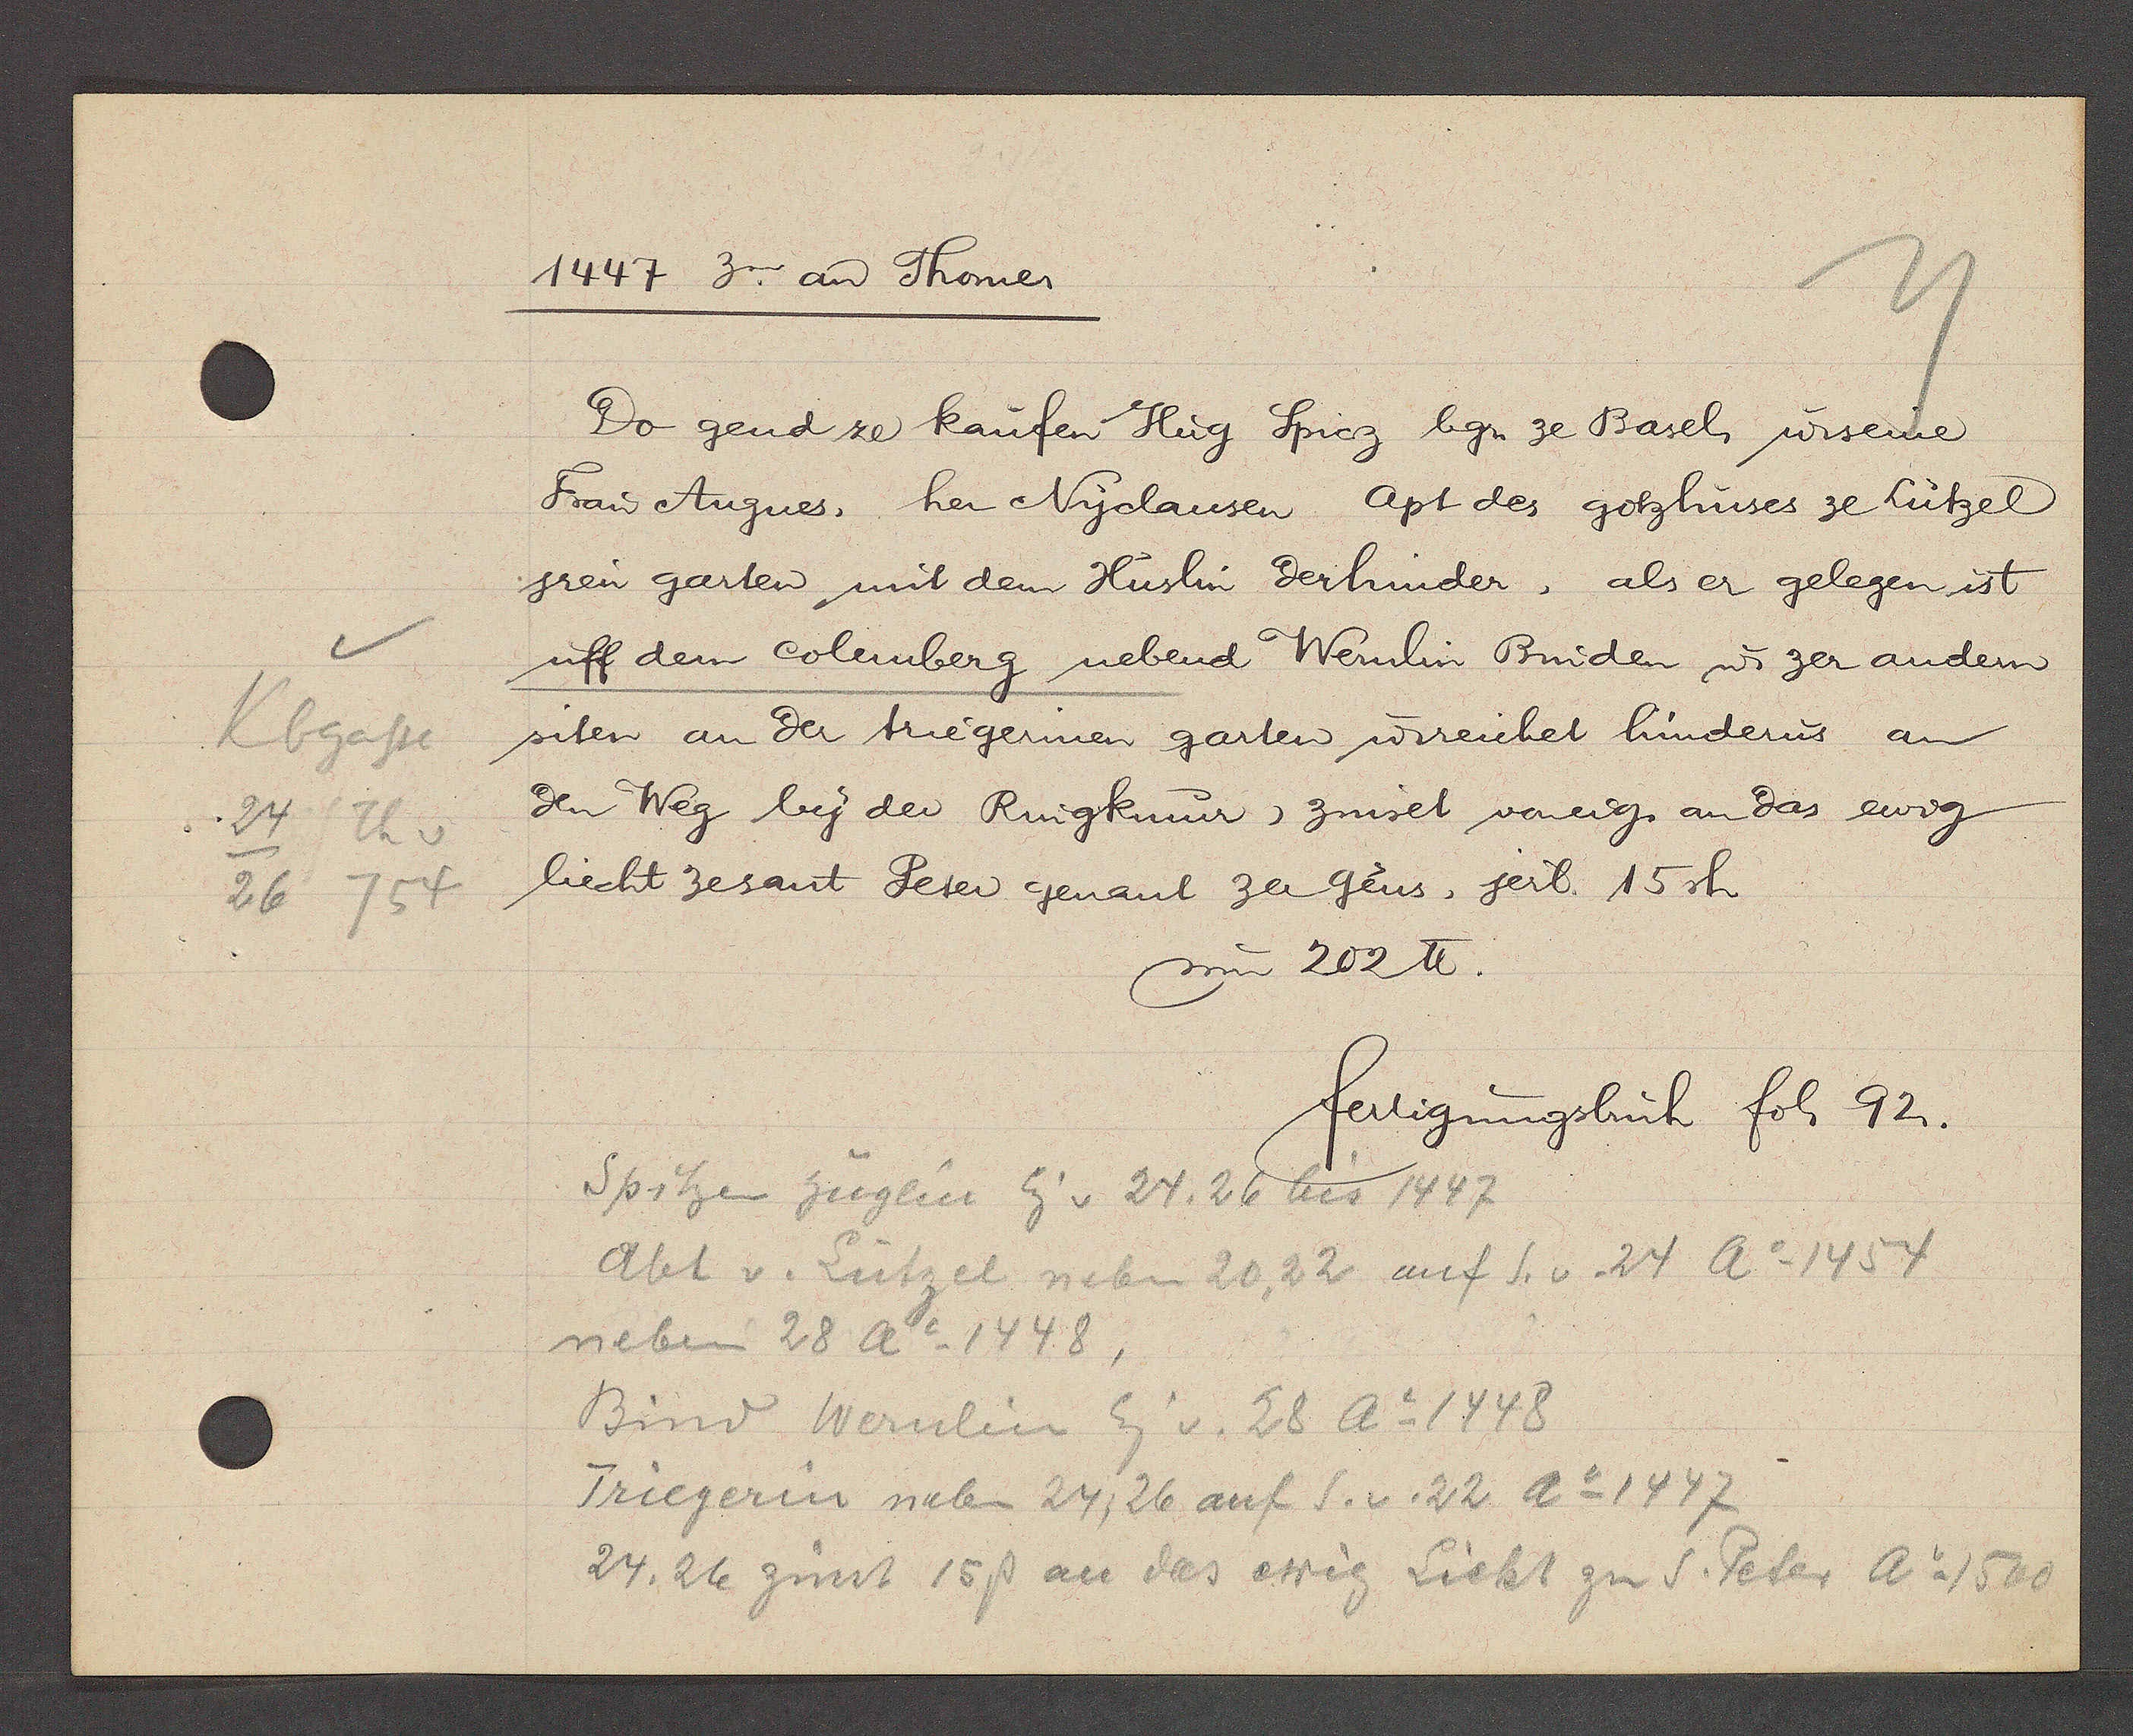
Transcript:
Kbgasse
24 Th v
26 754

1447 3a aȵ Thomer

Do gend ze kaufen Hug Spiez bgn. ze Basel, u. seine
Frau Angnes, her Nyclausen apt des gotzhuses ze Lützel
jren garten mit dem Huslin derhinder, als er gelegen ist
uff dem Colenberg nebend Wernlin Bruden ư zer andern
siten an der triegerinen garten u. reichet hinderus an
den Weg by der Ringkmur, zinset voneig. an das ewig
liecht zesant Peter genant zer Geus, jerl. 15sh.
um 202 ℔.

fertigungsbuch fol. 92.

Spitzen Hüglin Eig. v 24, 26 bis 1447
Abt v. Lützel neben 20, 22 auf S. v. 24 Ao 1454
neben 28 Ao 1448,
Bind Wernlin Eig v. 28 Ao 1448
Triegerin neben 24, 26 auf S. v. 22 Ao 1447
24, 26 zinst 15ß an das ewig Licht zu S. Peter Ao 1500